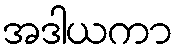
အဒါယကာ